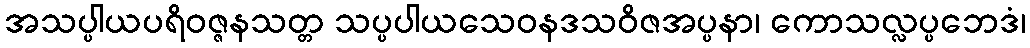
အသပ္ပါယပရိဝဇ္ဇနသတ္တ သပ္ပပါယသေဝနဒသဝိဇအပ္ပနာ၊ ကောသလ္လပ္ပဘေဒံ၊